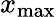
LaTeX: x_{\textrm{max}}